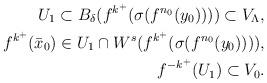
LaTeX: \begin{align*}U_1 \subset B_\delta (f^{k^+}(\sigma (f^{n_0}(y_0))))\subset V_\Lambda,\\f^{k^+}(\bar x_0)\in U_1 \cap W^s(f^{k^+}(\sigma(f^{n_0}(y_0)))),\\f^{-k^+}(U_1)\subset V_0.\end{align*}